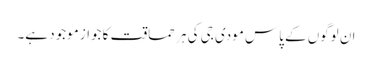
ان لوگوں کے پاس مودی جی کی ہر حماقت کا جواز موجود ہے۔